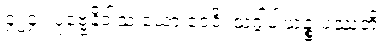
၄၂၄။ ပုဗ္ဗေနိဝါသံ ယော ဝေဒိ၊ သဂ္ဂါပါယဉ္စ ပဿတိ။